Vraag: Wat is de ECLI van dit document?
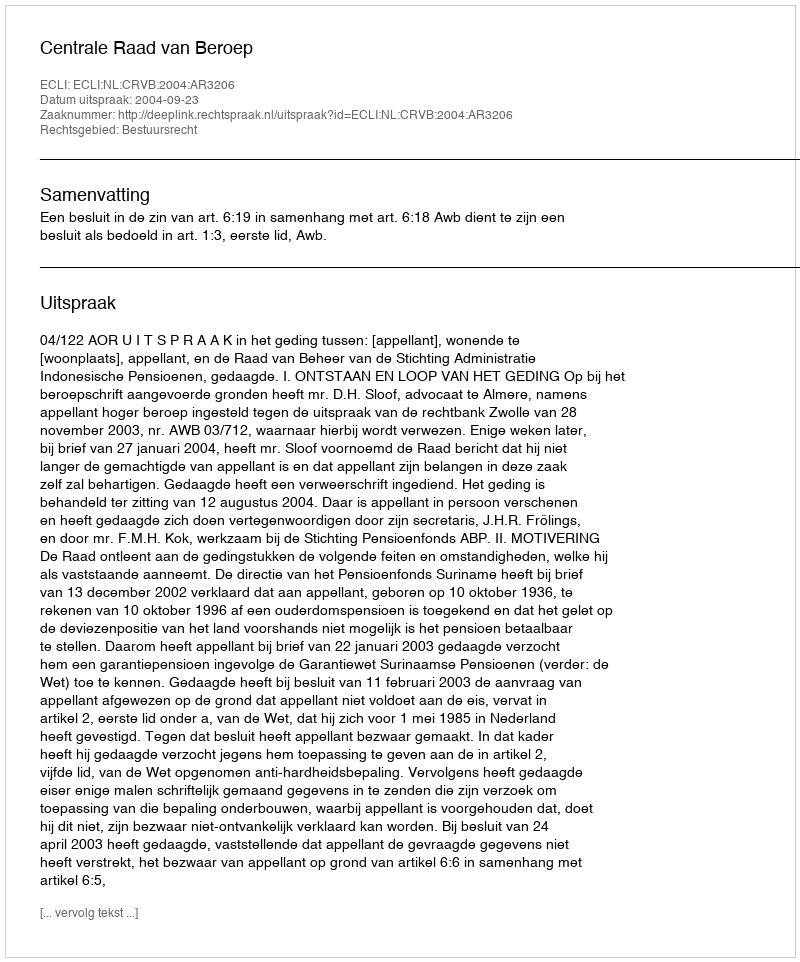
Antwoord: ECLI:NL:CRVB:2004:AR3206